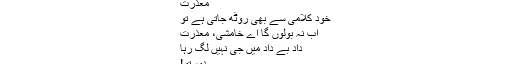
معذرت
خود کلامی سے بھی روٹھ جاتی ہے تو
اب نہ بولوں گا اے خامشی، معذرت
داد بے داد میں جی نہیں لگ رہا
دوستو!